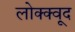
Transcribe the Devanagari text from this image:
लोक्क्वूद